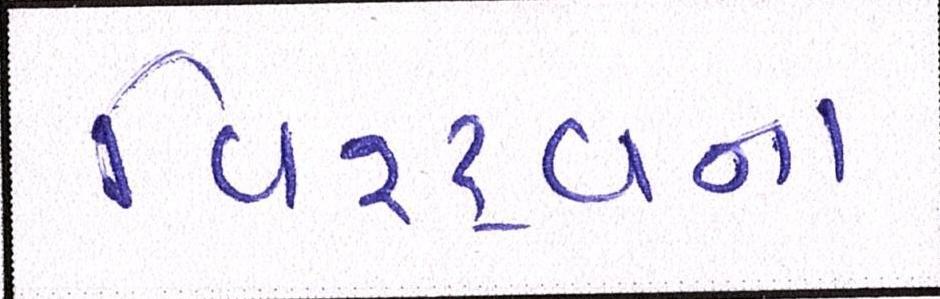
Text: વિશ્ર્વના